Civil Veterinary Department. Madras. Admin. report 1926-33 - 1926-1933
Year: 1926
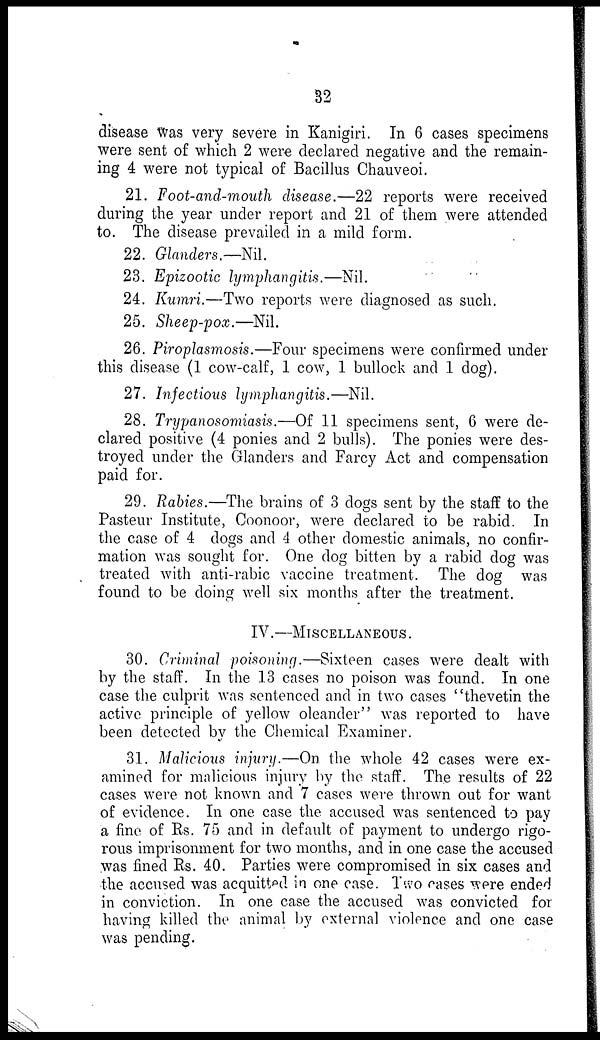
32
disease Was very severe in Kanigiri. In 6 cases specimens
were sent of which 2 were declared negative and the remain-
ing 4 were not typical of Bacillus Chauveoi.
21. Foot-and-mouth disease.—22 reports were received
during the year under report and 21 of them were attended
to. The disease prevailed in a mild form.
22. Glanders.—Nil.
23. Epizootic lymphangitis.—Nil.
24. Kumri.—Two reports were diagnosed as such.
25. Sheep-pox.—Nil.
26. Piroplasmosis.—Four specimens were confirmed under
this disease (1 cow-calf, 1 cow, 1 bullock and 1 dog).
27. Infectious lymphangitis.—Nil.
28. Trypanosomiasis.—Of 11 specimens sent, 6 were de-
clared positive (4 ponies and 2 bulls). The ponies were des-
troyed under the Glanders and Farcy Act and compensation
paid for.
29. Rabies.—The brains of 3 dogs sent by the staff to the
Pasteur Institute, Coonoor, were declared to be rabid. In
the case of 4 dogs and 4 other domestic animals, no confir-
mation was sought for. One dog bitten by a rabid dog was
treated with anti-rabic vaccine treatment. The dog was
found to be doing well six months after the treatment.
IV.—MISCELLANEOUS.
30. Criminal poisoning.—Sixteen cases were dealt with
by the staff. In the 13 cases no poison was found. In one
case the culprit was sentenced and in two cases "thevetin the
active principle of yellow oleander" was reported to have
been detected by the Chemical Examiner.
31. Malicious injury.—On the whole 42 cases were ex-
amined for malicious injury by the staff. The results of 22
cases were not known and 7 cases were thrown out for want
of evidence. In one case the accused was sentenced to pay
a fine of Rs. 75 and in default of payment to undergo rigo-
rous imprisonment for two months, and in one case the accused
was fined Rs. 40. Parties were compromised in six cases and
the accused was acquittal in one case. Two cases were ended
in conviction. In one case the accused was convicted for
having killed the animal by external violence and one case
was pending.